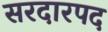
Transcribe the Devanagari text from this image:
सरदारपद